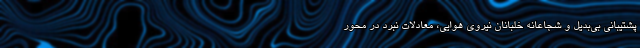
پشتیبانی بی‌بدیل و شجاعانه خلبانان نیروی هوایی، معادلات نبرد در محور